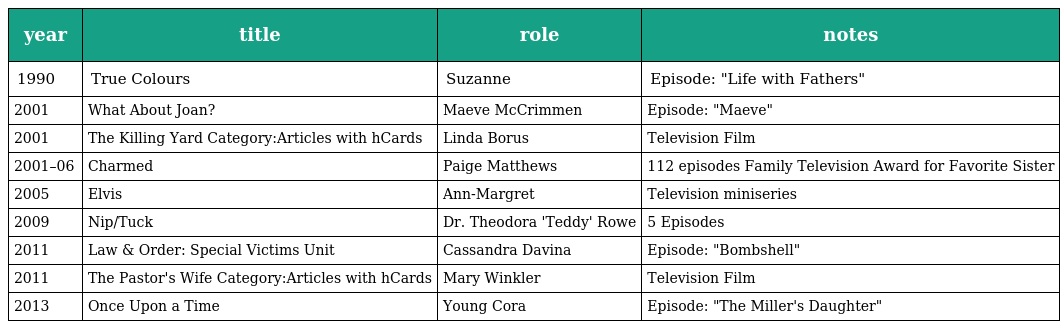
| year | title | role | notes |
 | --- | --- | --- | --- |
 | 1990 | True Colours | Suzanne | Episode: "Life with Fathers" |
 | 2001 | What About Joan? | Maeve McCrimmen | Episode: "Maeve" |
 | 2001 | The Killing Yard Category:Articles with hCards | Linda Borus | Television Film |
 | 2001–06 | Charmed | Paige Matthews | 112 episodes Family Television Award for Favorite Sister |
 | 2005 | Elvis | Ann-Margret | Television miniseries |
 | 2009 | Nip/Tuck | Dr. Theodora 'Teddy' Rowe | 5 Episodes |
 | 2011 | Law & Order: Special Victims Unit | Cassandra Davina | Episode: "Bombshell" |
 | 2011 | The Pastor's Wife Category:Articles with hCards | Mary Winkler | Television Film |
 | 2013 | Once Upon a Time | Young Cora | Episode: "The Miller's Daughter" |